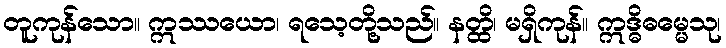
တူကုန်သော။ ဣဿယော၊ ရသေ့တို့သည်။ နတ္ထိ၊ မရှိကုန်။ ဣဒ္ဓိဓမ္မေသု၊